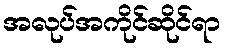
အလုပ်အကိုင်ဆိုင်ရာ